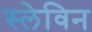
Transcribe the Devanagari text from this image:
स्लेविन